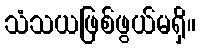
သံသယဖြစ်ဖွယ်မရှိ။